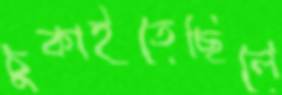
চুকাইতেছিলে